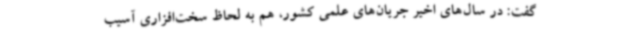
گفت: در سال‌های اخیر جریان‌های علمی کشور، هم به لحاظ سخت‌افزاری آسیب